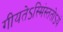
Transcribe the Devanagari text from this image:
गीयतेऽस्मिंस्ततोऽयं